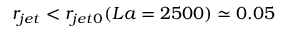
r _ { j e t } < r _ { j e t 0 } ( L a = 2 5 0 0 ) \simeq 0 . 0 5